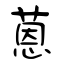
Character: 蒽